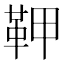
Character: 𩉾